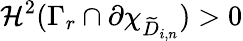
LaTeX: \mathcal H^{2}(\Gamma_{r}\cap\partial\chi_{\widetilde{D}_{i,n}})>0